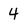
Character: 4